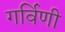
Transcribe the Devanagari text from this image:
गर्विणी